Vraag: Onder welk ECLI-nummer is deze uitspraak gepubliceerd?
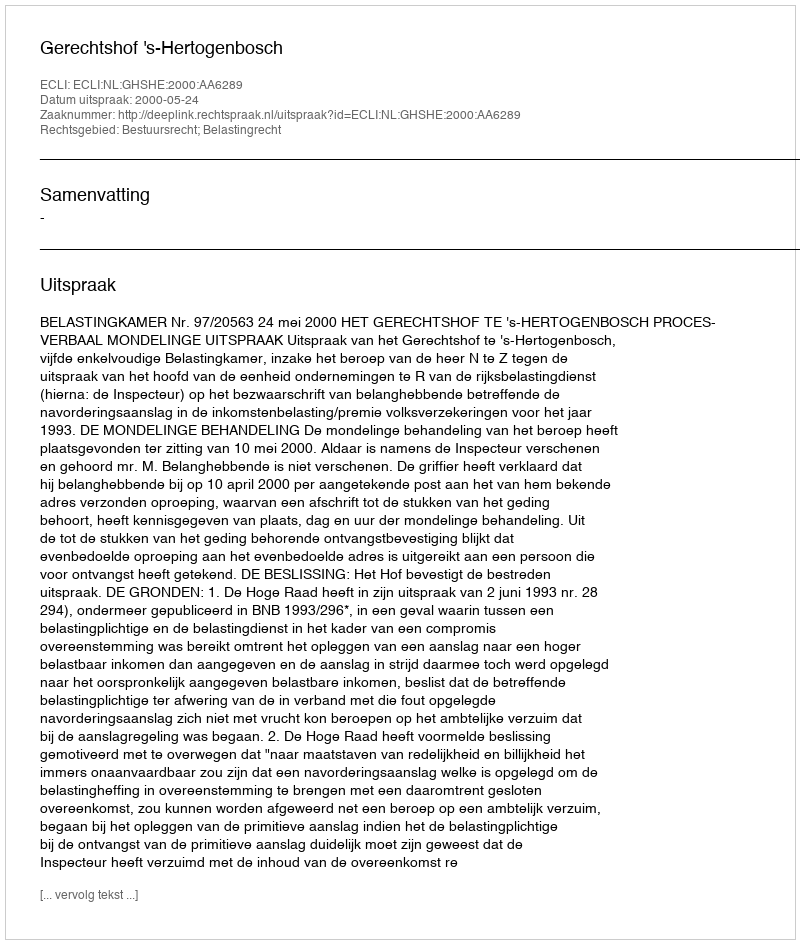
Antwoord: ECLI:NL:GHSHE:2000:AA6289